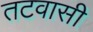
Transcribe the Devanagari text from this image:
तटवासी